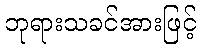
ဘုရားသခင်အားဖြင့်